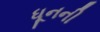
ધૂનની